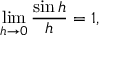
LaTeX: \operatorname* { l i m } _ { h \rightarrow 0 } { \frac { \sin h } { h } } = 1 ,